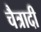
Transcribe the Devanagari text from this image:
चैत्रादी